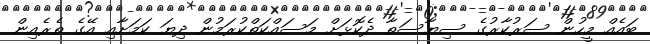
ބައެއް މީހުން ސަރުކާރުގެ ސިޔާސަތާ ދެކޮޅަށް މަސައްކަތްކުރަމުން ދިޔަ ކަމަށާއި އޭގެ ތެރެއިން